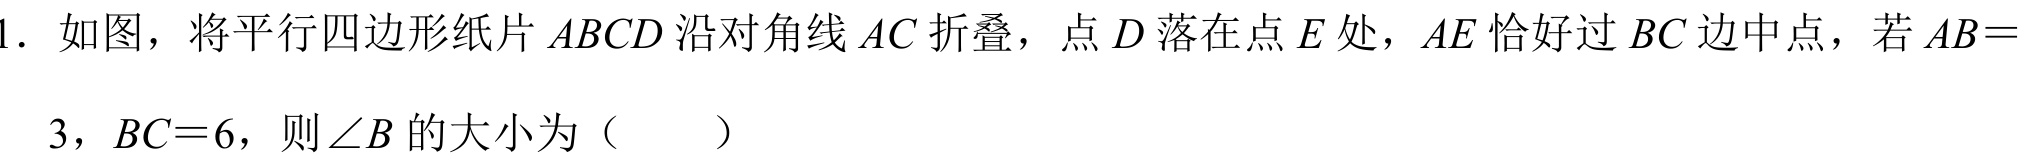
1. 如图，将平行四边形纸片 \(ABCD\) 沿对角线 \(AC\) 折叠，点 \(D\) 落在点 \(E\) 处，\(AE\) 恰好过 \(BC\) 边中点，若 \(AB = \)
\(3\)，\(BC = 6\)，则 \(\angle B\) 的大小为（  ）